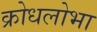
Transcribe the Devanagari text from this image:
क्रोधलोभा